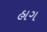
હાગ